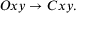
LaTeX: O x y \rightarrow C x y .